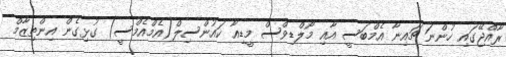
ރާއްޖޭގައި ހުންނަ ޗައިނާ އެމްބަސީ އާއި މޯލްޑިވްސް މީޑިއާ ކައުންސިލް(އެމްއެމްސީ) ގުޅިގެން އިންތިޒާމް